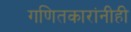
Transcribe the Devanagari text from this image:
गणितकारांनीही